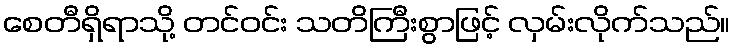
စေတီရှိရာသို့ တင်ဝင်း သတိကြီးစွာဖြင့် လှမ်းလိုက်သည်။